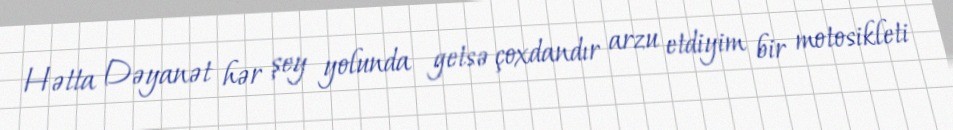
Hətta Dəyanət hər şey yolunda getsə çoxdandır arzu etdiyim bir motosikleti